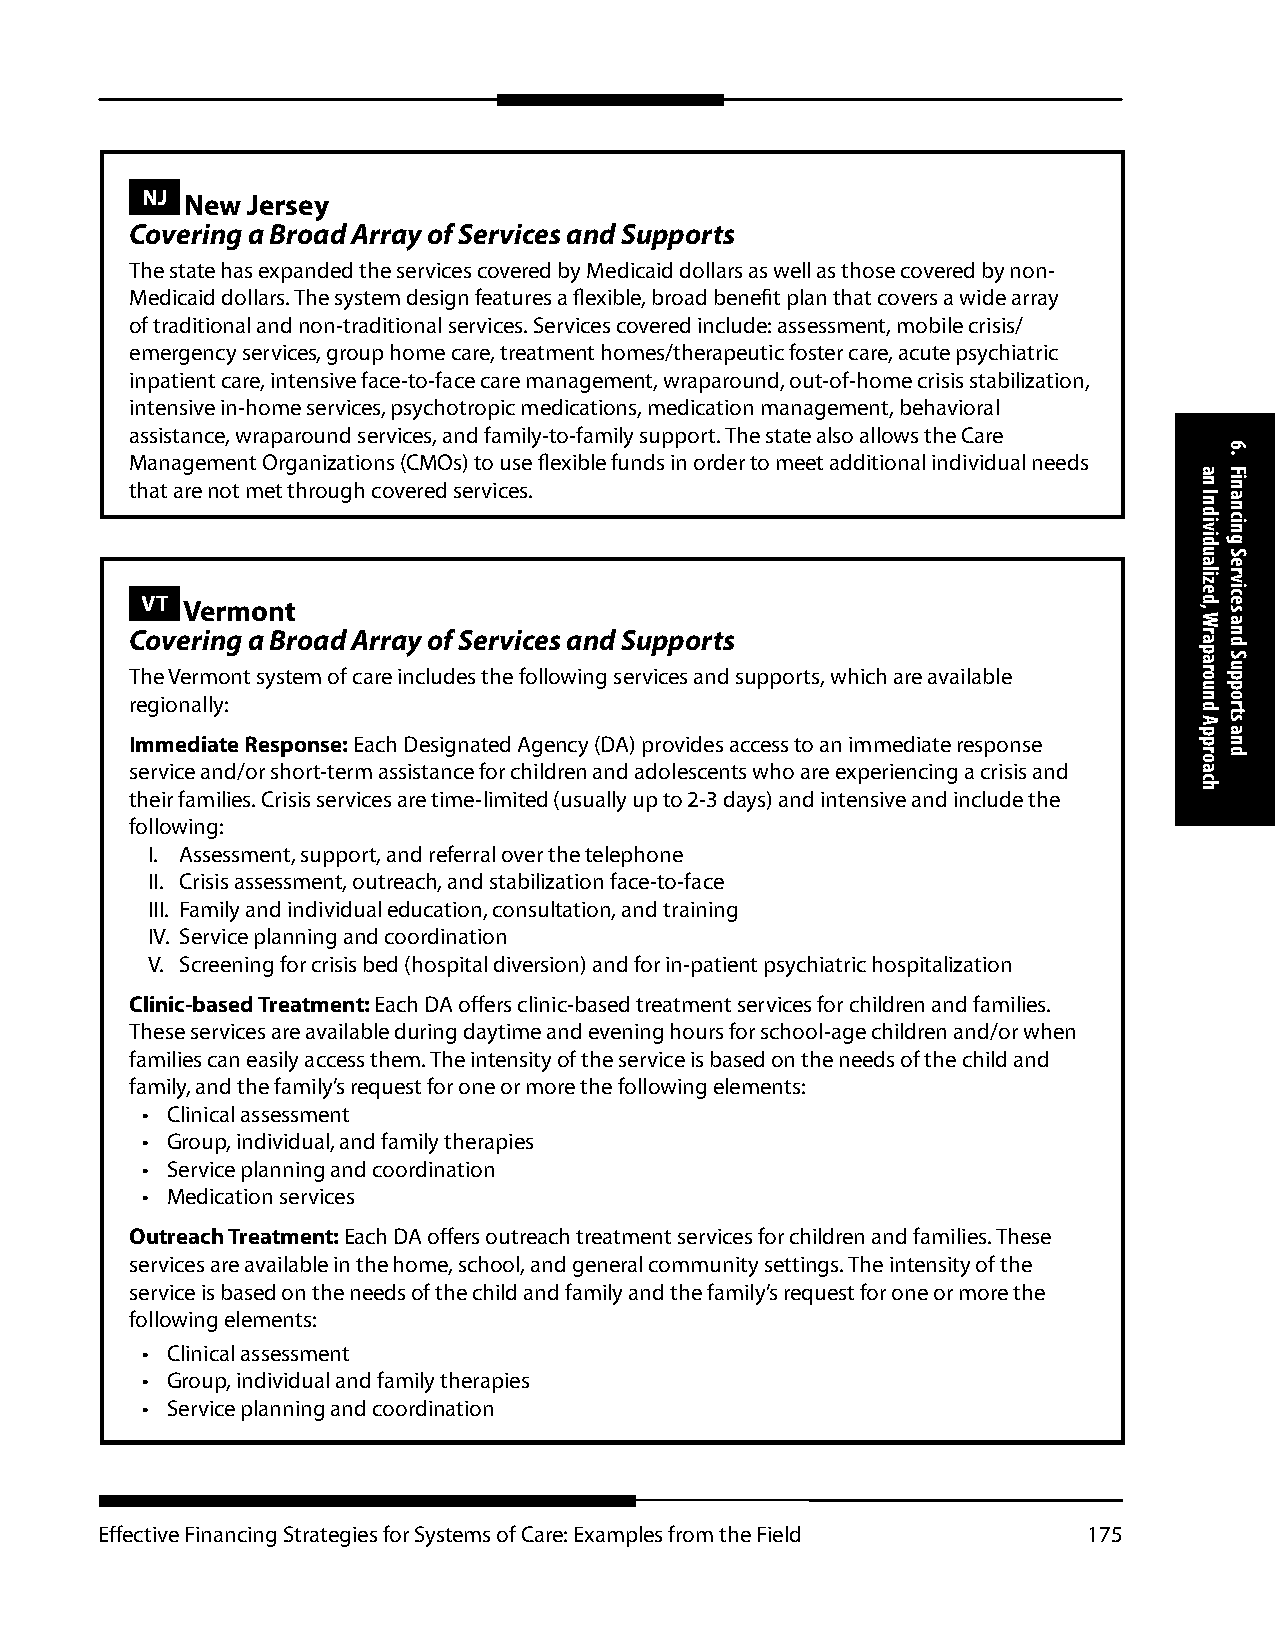
NJ New Jersey
 Covering a Broad Array of Services and Supports
 The state has expanded the services covered by Medicaid dollars as well as those covered by non-
 Medicaid dollars. The system design features a flexible, broad benefit plan that covers a wide array
 of traditional and non-traditional services. Services covered include: assessment, mobile crisis/
 emergency services, group home care, treatment homes/therapeutic foster care, acute psychiatric
 inpatient care, intensive face-to-face care management, wraparound, out-of-home crisis stabilization,
 intensive in-home services, psychotropic medications, medication management, behavioral
 assistance, wraparound services, and family-to-family support. The state also allows the Care
 Management Organizations (CMOs) to use flexible funds in order to meet additional individual needs
 that are not met through covered services.
 VT Vermont
 Covering a Broad Array of Services and Supports
 The Vermont system of care includes the following services and supports, which are available
 regionally:
 Immediate Response: Each Designated Agency (DA) provides access to an immediate response
 service and/or short-term assistance for children and adolescents who are experiencing a crisis and
 their families. Crisis services are time-limited (usually up to 2-3 days) and intensive and include the
 following:
 I. Assessment, support, and referral over the telephone
 II. Crisis assessment, outreach, and stabilization face-to-face
 III. Family and individual education, consultation, and training
 IV. Service planning and coordination
 V. Screening for crisis bed (hospital diversion) and for in-patient psychiatric hospitalization
 Clinic-based Treatment: Each DA offers clinic-based treatment services for children and families.
 These services are available during daytime and evening hours for school-age children and/or when
 families can easily access them. The intensity of the service is based on the needs of the child and
 family, and the family’s request for one or more the following elements:
 • Clinical assessment
 • Group, individual, and family therapies
 • Service planning and coordination
 • Medication services
 Outreach Treatment: Each DA offers outreach treatment services for children and families. These
 services are available in the home, school, and general community settings. The intensity of the
 service is based on the needs of the child and family and the family’s request for one or more the
 following elements:
 • Clinical assessment
 • Group, individual and family therapies
 • Service planning and coordination
 Effective Financing Strategies for Systems of Care: Examples from the Field 175
 an
 Individualized,
 Wraparound
 Approach
 6.
 Financing
 Services
 and
 Supports
 and